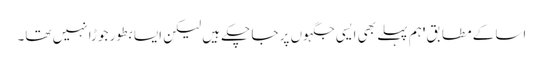
اسا کے مطابق 'ہم پہلے بھی ایسی جگہوں پر جا چکے ہیں لیکن ایسا بطور جوڑا نہیں تھا۔